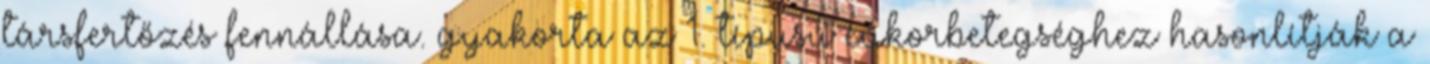
társfertőzés fennállása. gyakorta az 1. típusú cukorbetegséghez hasonlítják a